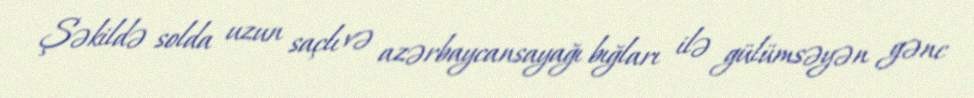
Şəkildə solda uzun saçlı və azərbaycansayağı bığları ilə gülümsəyən gənc